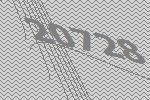
20728